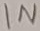
Text: IN